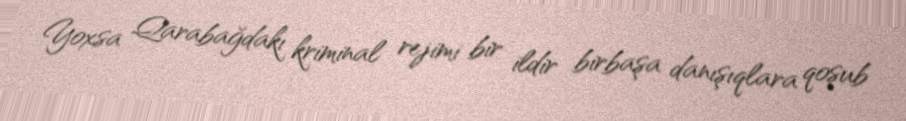
Yoxsa Qarabağdakı kriminal rejimi bir ildir birbaşa danışıqlara qoşub